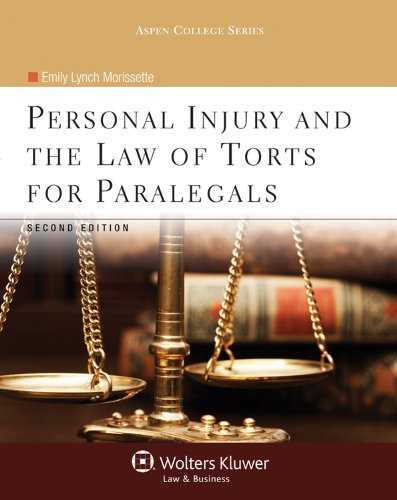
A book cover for Personal Injury and the Law of Torts for Paralegals, Second Edition (Aspen College); Emily Lynch Morissette; Law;